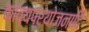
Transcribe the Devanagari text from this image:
काव्यप्रयोजनादि